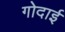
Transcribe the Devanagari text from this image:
गोदाई